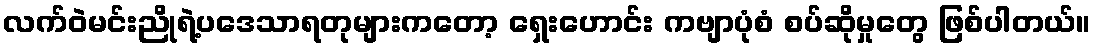
လက်ဝဲမင်းညိုရဲ့ပဒေသာရတုများကတော့ ရှေးဟောင်း ကဗျာပုံစံ စပ်ဆိုမှုတွေ ဖြစ်ပါတယ်။